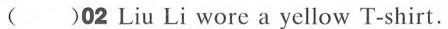
( )02 Liu Li wore a yellow T-shirt.